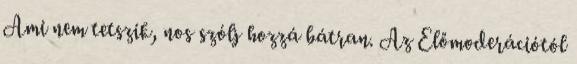
Ami nem tetszik, nos szólj hozzá bátran. Az Előmoderációtól